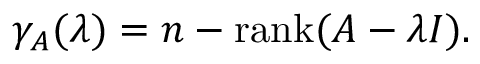
\gamma _ { A } ( \lambda ) = n - \operatorname { r a n k } ( A - \lambda I ) .